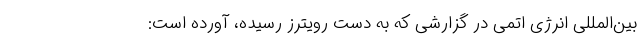
بین‌المللی انرژی اتمی در گزارشی که به دست رویترز رسیده، آورده است: